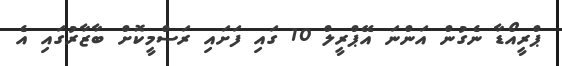
ޕްރީއޯޑާ ނެގުން އަންނަ އޭޕްރީލް 10 ގައި ފަށައި ރަސްމީކޮށް ބާޒާރުގައި އެ